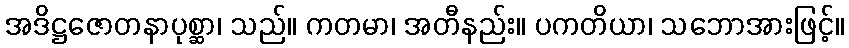
အဒိဋ္ဌဇောတနာပုစ္ဆာ၊ သည်။ ကတမာ၊ အတီနည်း။ ပကတိယာ၊ သဘောအားဖြင့်။